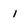
Character: 1